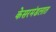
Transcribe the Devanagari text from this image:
केसरमंडलात